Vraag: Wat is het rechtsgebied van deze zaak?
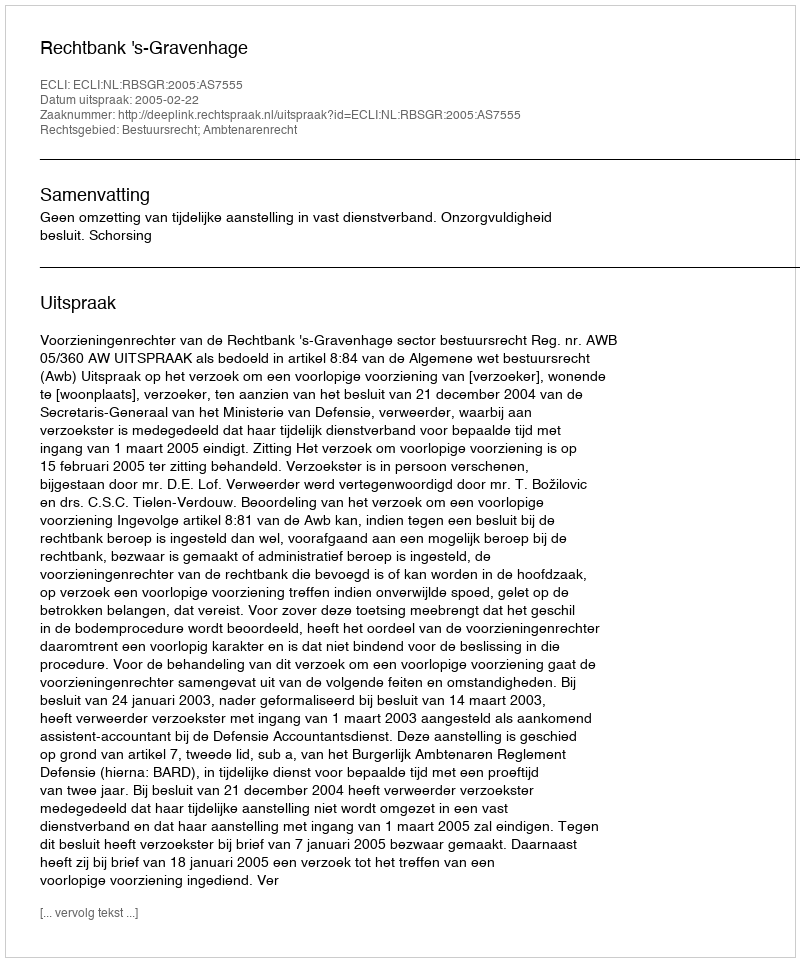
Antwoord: Bestuursrecht; Ambtenarenrecht